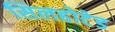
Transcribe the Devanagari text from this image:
सिलहोटेड